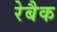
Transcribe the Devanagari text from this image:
रेबैक